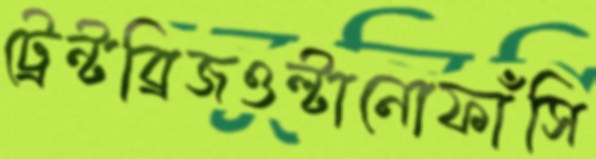
ট্রেন্টব্রিজওল্টানোফাঁসি